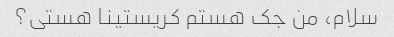
سلام، من جک هستم کریستینا هستی؟